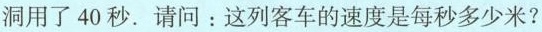
洞用了40秒。请问：这列客车的速度是每秒多少米?